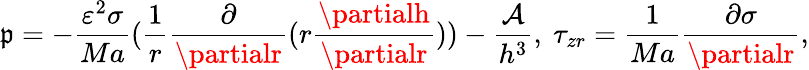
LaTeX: \mathfrak{p}=-\frac{{\varepsilon^{2}\sigma}}{{Ma}}(\frac{{1}}{{r}}\frac{{\partial}}{{\partialr}}(r\frac{{\partialh}}{{\partialr}}))-\frac{{\mathcal{{A}}}}{{h^{3}}},\ \tau_{zr}=\frac{{1}}{{Ma}}\frac{{\partial\sigma}}{{\partialr}},